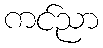
ကင်ညာ